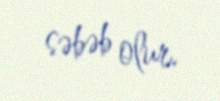
səbəb olur.